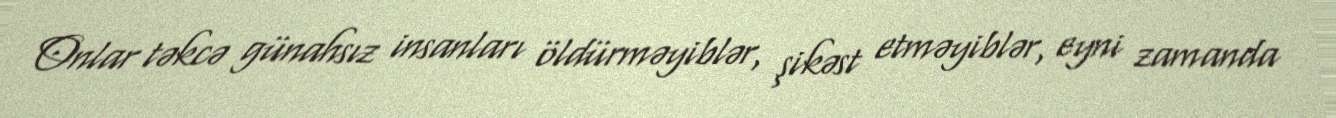
Onlar təkcə günahsız insanları öldürməyiblər, şikəst etməyiblər, eyni zamanda